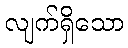
လျက်ရှိသော